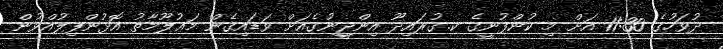
ދުވަހުގެ 11:30 އަށް މި ކުންފުނީގެ ކ.ގުރައިދޫ އިންޖީނުގެއަށް ވަޑައިގެން މަޢުލޫމާތު އޮޅުންފިލުއްވުން